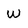
Character: W